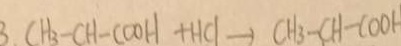
C H _ { 3 } - C H - C O O H + H C l \rightarrow C H _ { 3 } - C H - C O O